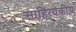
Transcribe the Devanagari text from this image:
साहित्यकीय